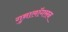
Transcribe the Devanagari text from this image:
गुनालॉगसन